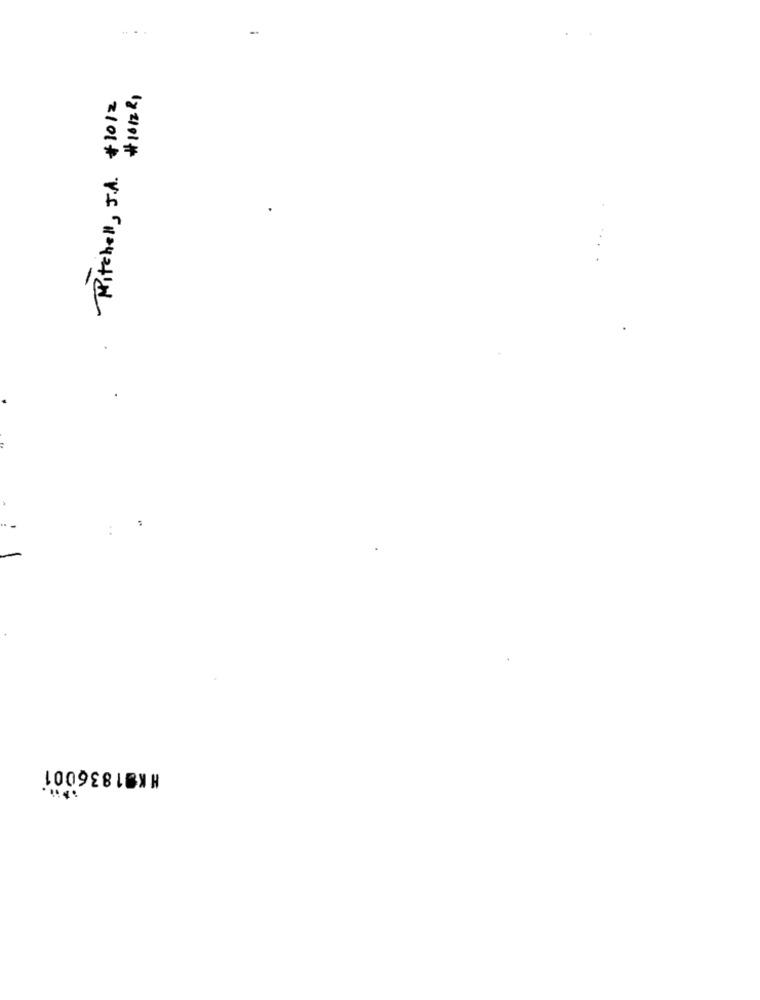
-.
Mitchell , J.A. # 1012
1x 2101#
HKS1836001